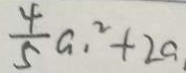
\frac { 4 } { 5 } a _ { 1 } ^ { 2 } + 2 a